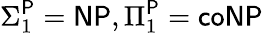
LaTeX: \Sigma_{1}^{\mathsf{P}}={\mathsf{NP}},\Pi_{1}^{\mathsf{P}}={\mathsf{coNP}}